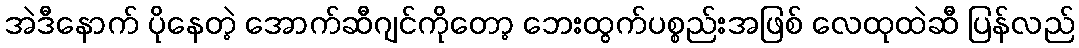
အဲဒီနောက် ပိုနေတဲ့ အောက်ဆီဂျင်ကိုတော့ ဘေးထွက်ပစ္စည်းအဖြစ် လေထုထဲဆီ ပြန်လည်